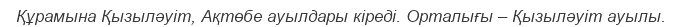
Құрамына Қызыләуіт, Ақтөбе ауылдары кіреді. Орталығы – Қызыләуіт ауылы.